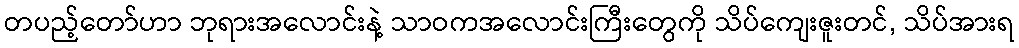
တပည့်တော်ဟာ ဘုရားအလောင်းနဲ့ သာဝကအလောင်းကြီးတွေကို သိပ်ကျေးဇူးတင်, သိပ်အားရ